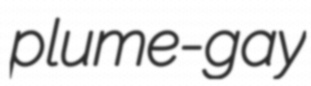
plume-gay